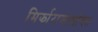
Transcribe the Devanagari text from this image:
मिर्झाराजासोबत